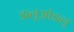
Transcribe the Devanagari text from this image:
डब्लूओडब्लू